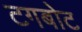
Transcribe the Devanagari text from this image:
टगबोट